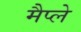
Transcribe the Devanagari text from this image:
मैप्ले